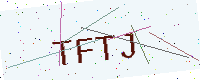
Text: TFTJ